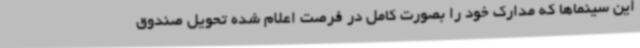
این سینماها که مدارک خود را بصورت کامل در فرصت اعلام شده تحویل صندوق